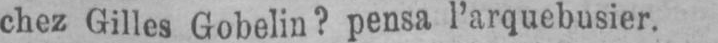
chez Gilles Gobelin? pensa l’arquebusier.